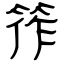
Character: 筰